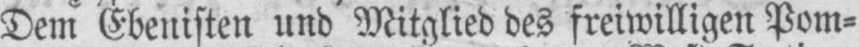
Dem Ebenisten und Mitglied des freiwilligen Pom⸗